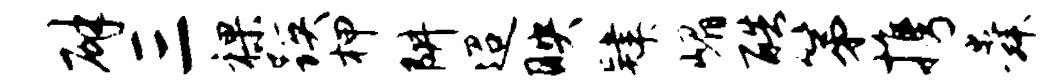
辟三裸蹊柙阱迢映肄嵋酷第携舜